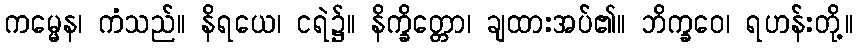
ကမ္မေန၊ ကံသည်။ နိရယေ၊ ငရဲ၌။ နိက္ခိတ္တော၊ ချထားအပ်၏။ ဘိက္ခဝေ၊ ရဟန်းတို့။